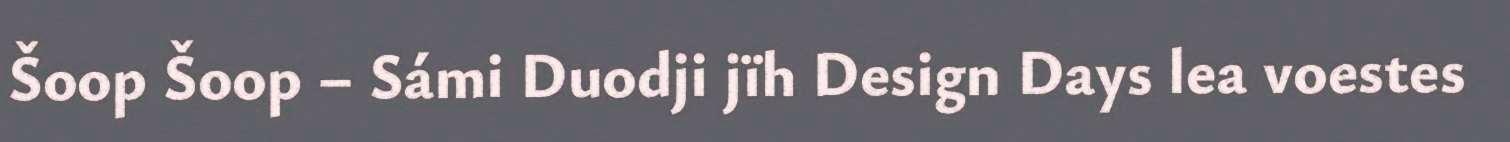
Šoop Šoop – Sámi Duodji jïh Design Days lea voestes